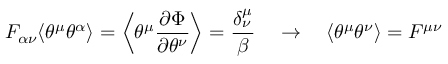
F _ { \alpha \nu } \langle \theta ^ { \mu } \theta ^ { \alpha } \rangle = \left\langle \theta ^ { \mu } \frac { \partial \Phi } { \partial \theta ^ { \nu } } \right\rangle = \frac { \delta _ { \nu } ^ { \mu } } { \beta } \quad \rightarrow \quad \langle \theta ^ { \mu } \theta ^ { \nu } \rangle = F ^ { \mu \nu }